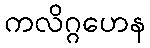
ကလိဂ္ဂဟေန